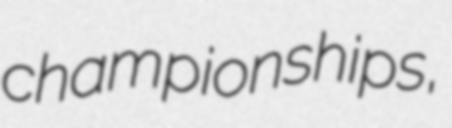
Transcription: championships,